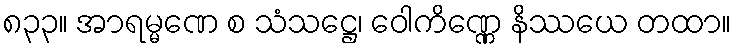
၈၃၃။ အာရမ္မဏေ စ သံသဋ္ဌေ၊ ဝေါကိဏ္ဏေ နိဿယေ တထာ။